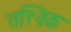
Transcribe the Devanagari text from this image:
तत्त्विक